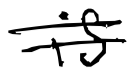
Text: is
Cross-out: double-line
Writing tool: digital_black